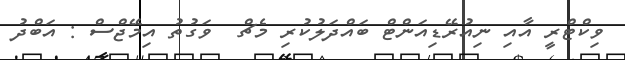
ވިކްޓްރީ އާއި ނިއުރޭޑިއަންޓް ބައްދަލުކުރި މެޗް  ވަގުތު އިމޭޖްސް : އަބްދު